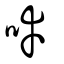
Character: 啈